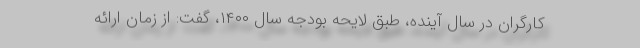
کارگران در سال آینده، طبق لایحه بودجه سال ۱۴۰۰، گفت: از زمان ارائه